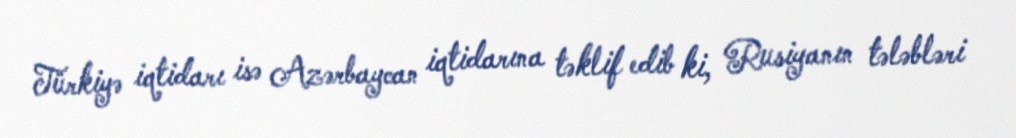
Türkiyə iqtidarı isə Azərbaycan iqtidarına təklif edib ki, Rusiyanın tələbləri